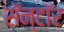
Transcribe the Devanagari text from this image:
सॅन्टॉर